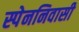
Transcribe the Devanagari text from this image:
स्पेननिवासी